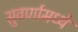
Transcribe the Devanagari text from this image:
सुवर्णामध्ये